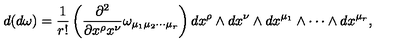
d ( d \omega ) = \frac { 1 } { r ! } \left( \frac { \partial ^ { 2 } } { \partial x ^ { \rho } x ^ { \nu } } \omega _ { \mu _ { 1 } \mu _ { 2 } \cdots \mu _ { r } } \right) d x ^ { \rho } \wedge d x ^ { \nu } \wedge d x ^ { \mu _ { 1 } } \wedge \cdots \wedge d x ^ { \mu _ { r } } ,